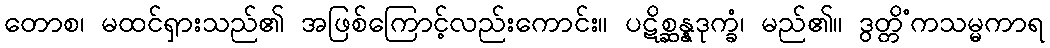
တောစ၊ မထင်ရှားသည်၏ အဖြစ်ကြောင့်လည်းကောင်း။ ပဋိစ္ဆန္နဒုက္ခံ၊ မည်၏။ ဒွတ္တိံကသမ္မကာရ